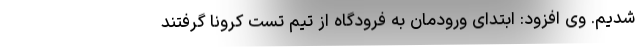
شدیم. وی افزود: ابتدای ورودمان به فرودگاه از تیم تست کرونا گرفتند